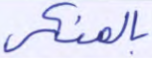
بالمنكر